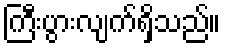
ကြီးပွားလျက်ရှိသည်။